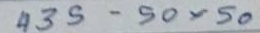
435 - 50x50